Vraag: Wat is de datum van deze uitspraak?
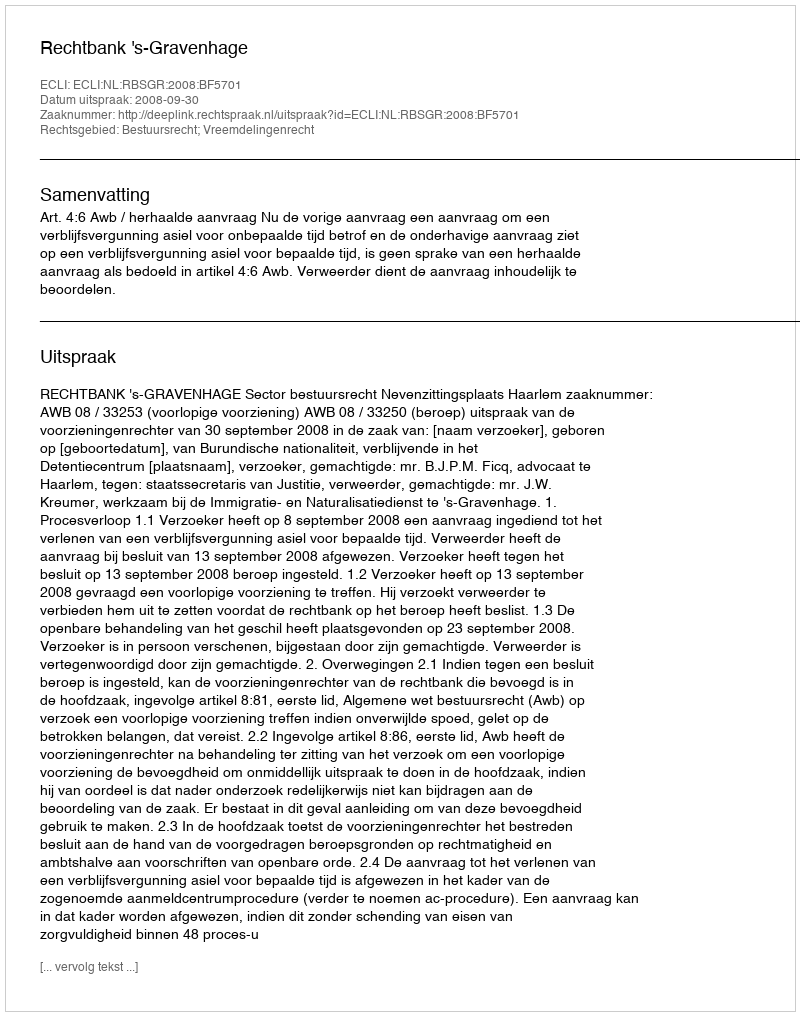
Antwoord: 2008-09-30